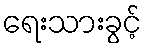
ရေးသားခွင့်